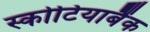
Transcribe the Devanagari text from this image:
स्कोटियाबैंक